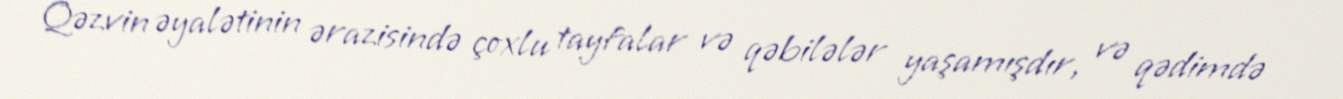
Qəzvin əyalətinin ərazisində çoxlu tayfalar və qəbilələr yaşamışdır, və qədimdə